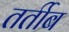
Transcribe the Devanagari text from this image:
तर्तीब